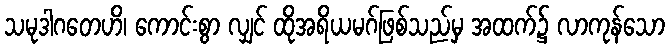
သမုဒါဂတေဟိ၊ ကောင်းစွာ လျှင် ထိုအရိယမဂ်ဖြစ်သည်မှ အထက်၌ လာကုန်သော